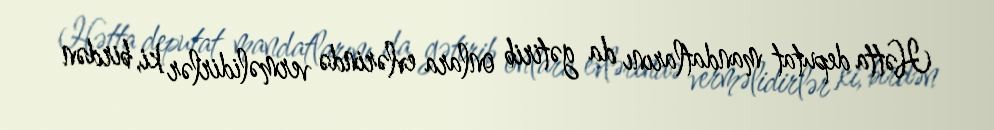
Hətta deputat mandatlarını da gətirib onlara evlərində verməlidirlər ki, birdən